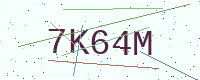
Text: 7K64M